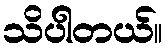
သိပါတယ်။